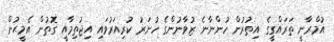
އުމްރާނީ ތަރައްގީގެ އިތުރުން ހުންނާނެ ޒުވާނުންގެ ހުނަރު ކުރިއަރުވައި އިޖުތިމާއީ ގޮތުން އެމީޙުން